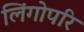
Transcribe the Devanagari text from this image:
लिंगोपरि